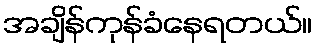
အချိန်ကုန်ခံနေရတယ်။